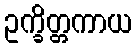
ဥက္ခိတ္တကာယ